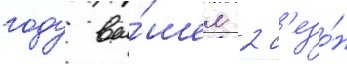
году вы́шел 2 с'езо́н